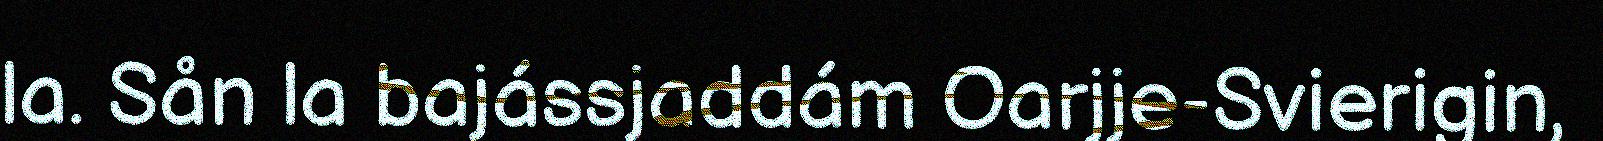
la. Sån la bajássjaddám Oarjje-Svierigin,